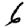
Digit: 6